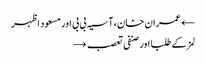
← عمران خان، آسیہ بی بی اور مسعود اظہر
لمز کے طلبا اور صنفی تعصب →